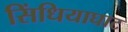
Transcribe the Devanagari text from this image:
सिंधियाघाट